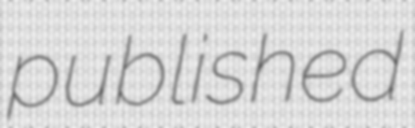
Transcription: published